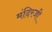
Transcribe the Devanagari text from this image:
मंदिरजी